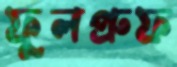
ফুলপ্রুফ